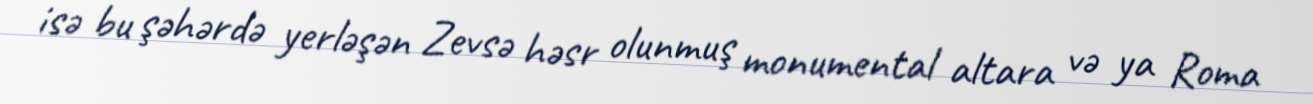
isə bu şəhərdə yerləşən Zevsə həsr olunmuş monumental altara və ya Roma